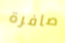
صافرة